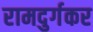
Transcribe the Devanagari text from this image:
रामदुर्गकर